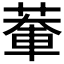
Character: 𫈹